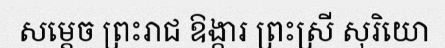
សម្តេច ព្រះរាជ ឱង្ការ ព្រះស្រី សុរិយោ